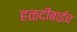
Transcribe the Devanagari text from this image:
हळदीबाईच